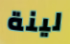
لينة